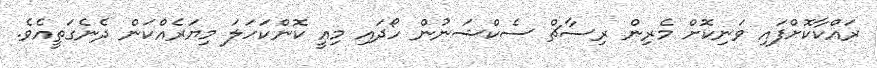
ރައްކާކޮށްފައި ވަނިކޮށް މެރިން ރިސާޗް ސެކްޝަނުން ހޯދައި މިއީ ކޮންކަހަލަ މިޔަރެއްކަން ދެނެގަތީއެވެ.